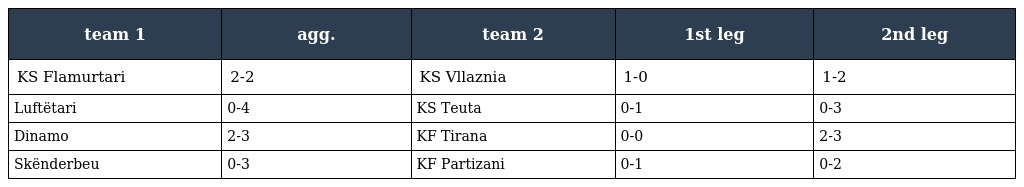
| team 1 | agg. | team 2 | 1st leg | 2nd leg |
 | --- | --- | --- | --- | --- |
 | KS Flamurtari | 2-2 | KS Vllaznia | 1-0 | 1-2 |
 | Luftëtari | 0-4 | KS Teuta | 0-1 | 0-3 |
 | Dinamo | 2-3 | KF Tirana | 0-0 | 2-3 |
 | Skënderbeu | 0-3 | KF Partizani | 0-1 | 0-2 |